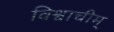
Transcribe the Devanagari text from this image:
विश्वाचीम्